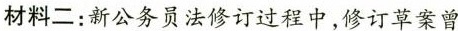
材料二：新公务员法修订过程中，修订草案曾